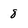
Character: 8